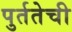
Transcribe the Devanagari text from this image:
पुर्ततेची